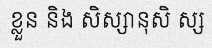
ខ្លួន និង សិស្សានុសិ ស្ស